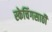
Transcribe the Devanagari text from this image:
स्केचिंगसाठी